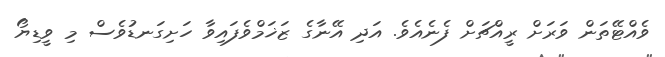
ވެއްޓޭތަން ވަރަށް ރީއްޗަށް ފެނެއެވެ. އަދި އޭނާގެ ޒަޚަމްވެފައިވާ ހަށިގަނޑުވެސް މި ވީޑިޔޯ